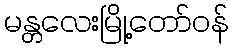
မန္တလေးမြို့တော်ဝန်